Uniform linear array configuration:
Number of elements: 48
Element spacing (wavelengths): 0.25
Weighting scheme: binomial
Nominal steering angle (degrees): -60
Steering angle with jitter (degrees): -58.941
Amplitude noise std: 0.05
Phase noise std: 0.05

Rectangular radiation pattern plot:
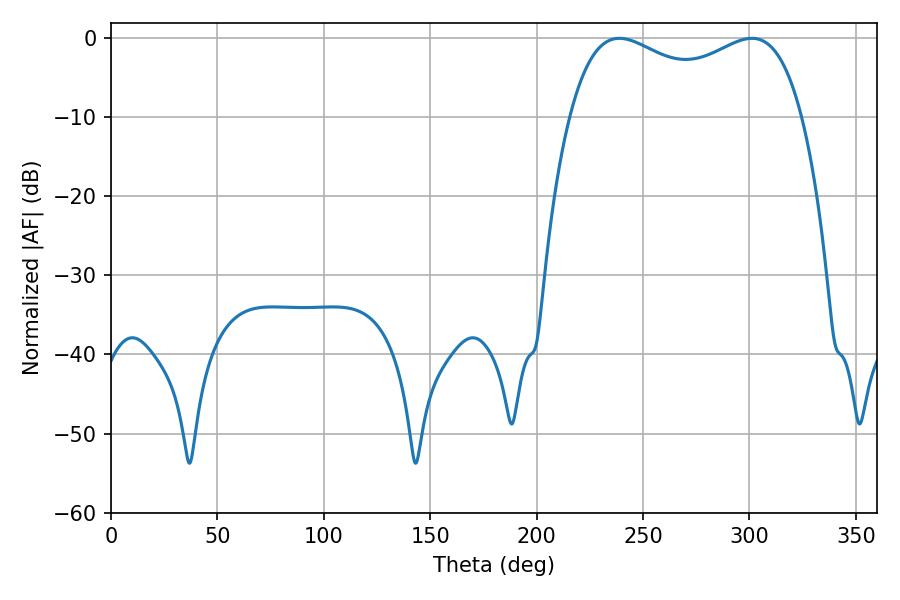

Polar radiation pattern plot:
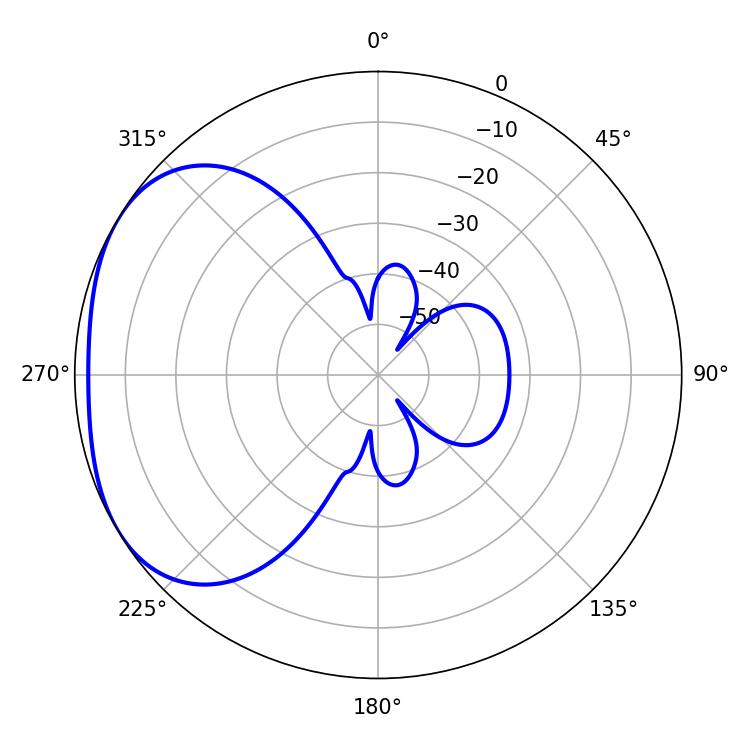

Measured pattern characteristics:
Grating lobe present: FALSE
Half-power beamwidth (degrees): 90.36
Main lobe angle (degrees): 238.86